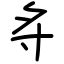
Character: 𪧷